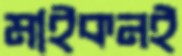
মাইকনই